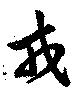
戎